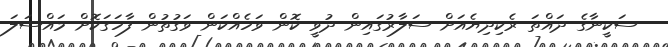
ސަކީނާގެ ދައްތަ ރެކިދިޔެއަށް ސަލާރުގައިން ދުވީ ކޮން ވަހެއްކަން ވަގުތުން ފާހަގަކޮށް މައްސަލަ